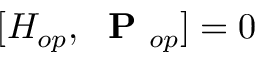
[ H _ { o p } , \mathrm { ~ \bf ~ P ~ } _ { o p } ] = 0